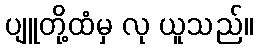
ပျူတို့ထံမှ လု ယူသည်။